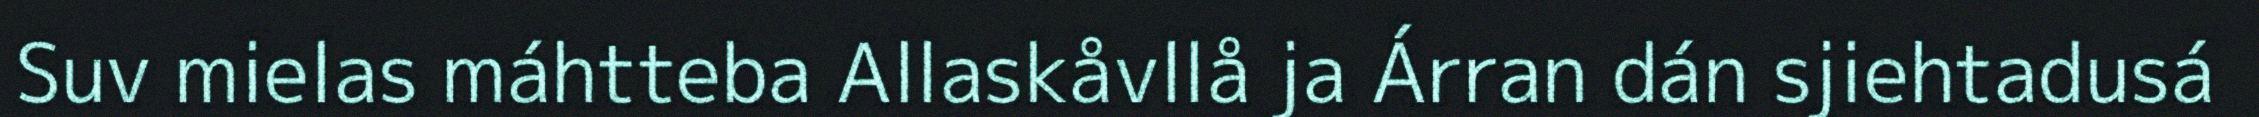
Suv mielas máhtteba Allaskåvllå ja Árran dán sjiehtadusá